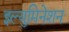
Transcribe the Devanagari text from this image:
इल्युमिनेशन